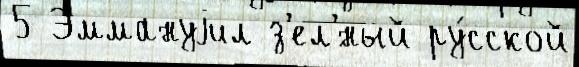
5 Эммануjил з'ел'́ный ру́сской